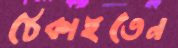
ঠেকাইতেন